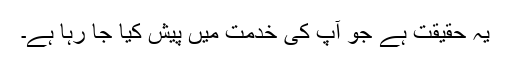
یہ حقیقت ہے جو آپ کی خدمت میں پیش کیا جا رہا ہے۔